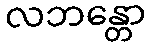
လဘန္တော